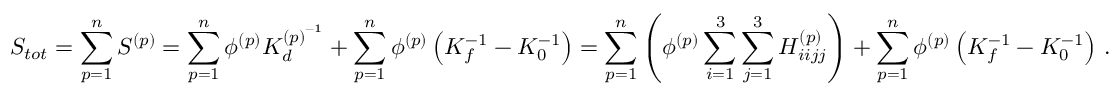
S _ { t o t } = \sum _ { p = 1 } ^ { n } S ^ { ( p ) } = \sum _ { p = 1 } ^ { n } \phi ^ { ( p ) } K _ { d } ^ { { ( p ) } ^ { - 1 } } + \sum _ { p = 1 } ^ { n } \phi ^ { ( p ) } \left( K _ { f } ^ { - 1 } - K _ { 0 } ^ { - 1 } \right) = \sum _ { p = 1 } ^ { n } \left( \phi ^ { ( p ) } \sum _ { i = 1 } ^ { 3 } \sum _ { j = 1 } ^ { 3 } H _ { i i j j } ^ { { ( p ) } } \right) + \sum _ { p = 1 } ^ { n } \phi ^ { ( p ) } \left( K _ { f } ^ { - 1 } - K _ { 0 } ^ { - 1 } \right) \, .